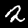
Label: 2